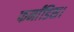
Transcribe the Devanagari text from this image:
फर्नांडिस।